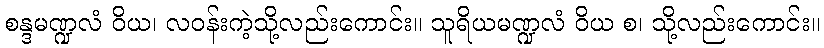
စန္ဒမဏ္ဍလံ ဝိယ၊ လဝန်းကဲ့သို့လည်းကောင်း။ သူရိယမဏ္ဍလံ ဝိယ စ၊ သို့လည်းကောင်း။